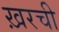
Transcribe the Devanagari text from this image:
ख़रची